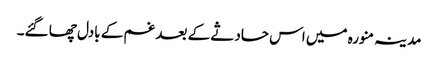
مدینہ منورہ میں اس حادثے کے بعد غم کے بادل چھا گئے۔